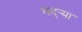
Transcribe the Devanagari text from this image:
भद्‌ऱ्या